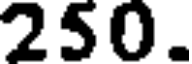
250.